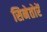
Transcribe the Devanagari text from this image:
सिनेतोरें